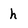
Character: h